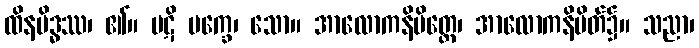
ထိနမိဒ္ဓဿ၊ ၏။ ပဋိ ပက္ခေ၊ သော။ အာလောကနိမိတ္တေ၊ အာလောကနိမိတ်၌။ သညာ၊